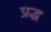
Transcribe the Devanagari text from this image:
प्रद्ध